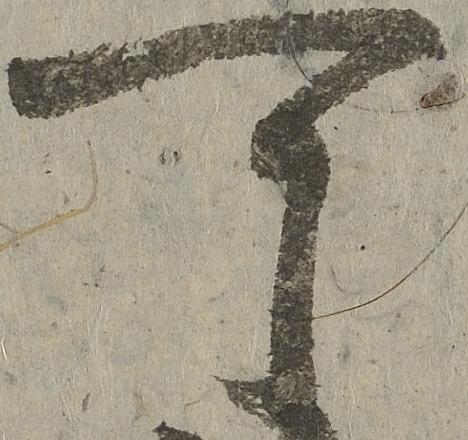
可